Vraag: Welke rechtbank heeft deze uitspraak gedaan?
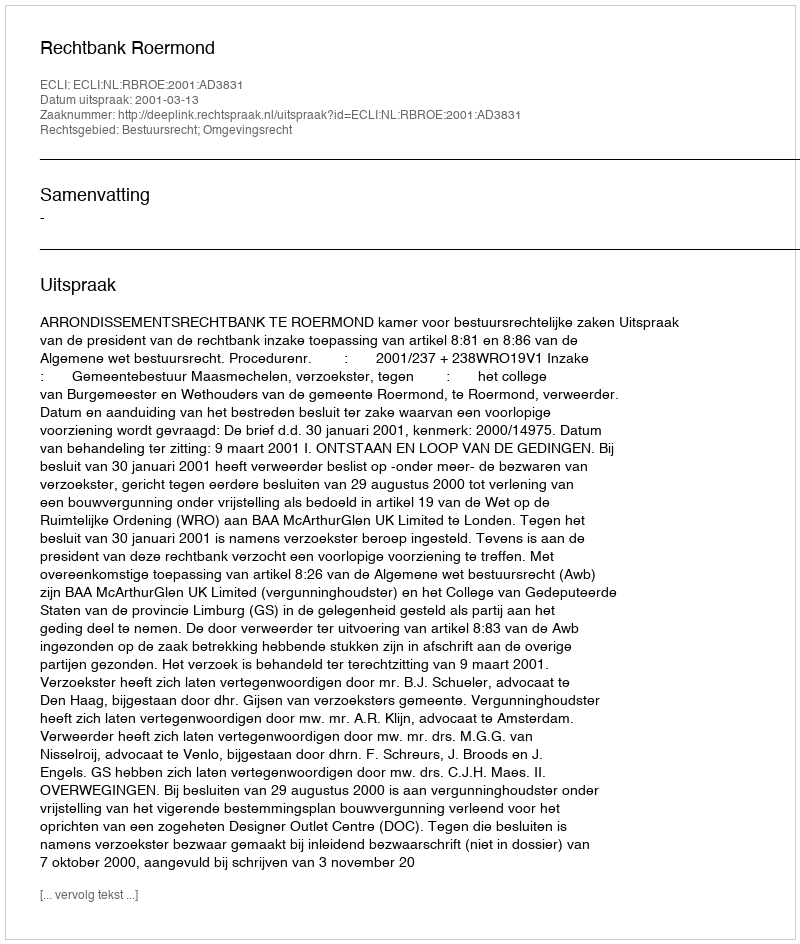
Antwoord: Rechtbank Roermond